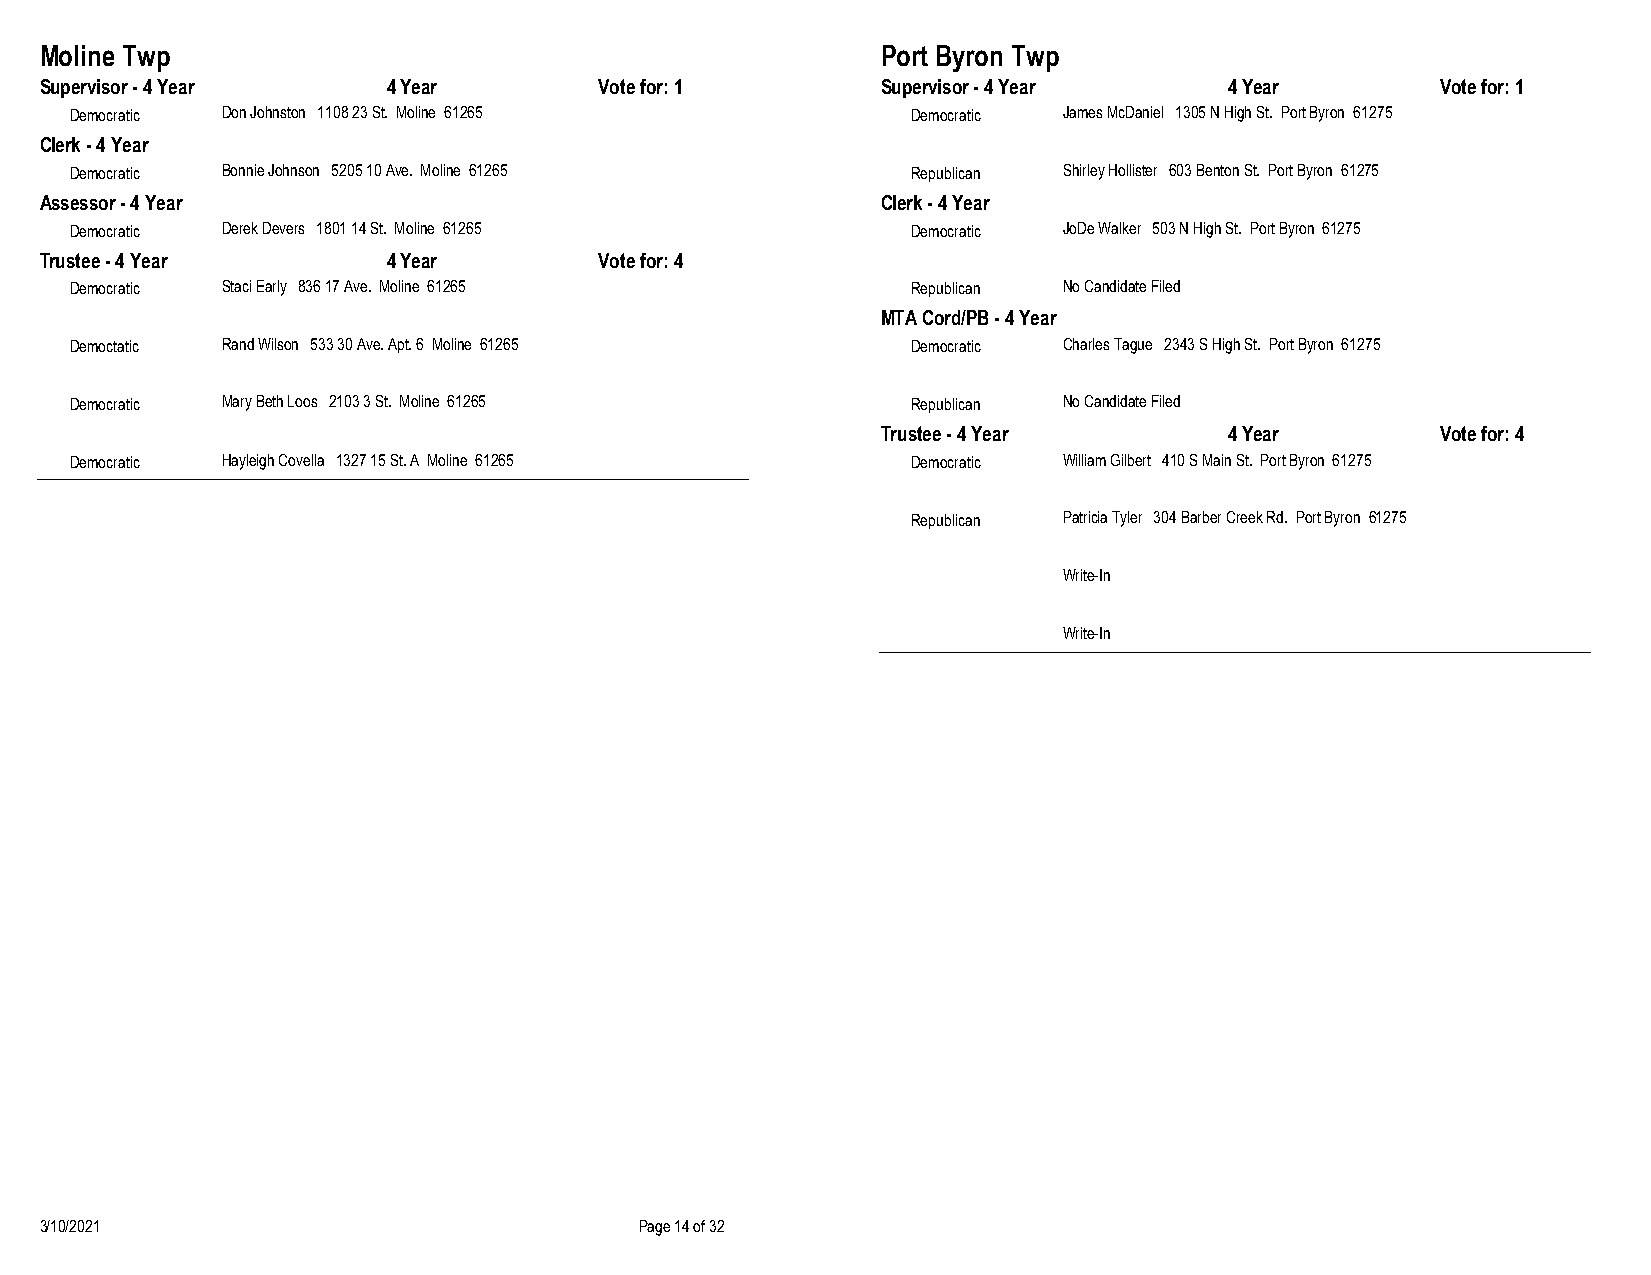
Moline Twp                                             Port Byron Twp
 Supervisor - 4 Year    4 Year        Vote for: 1       Supervisor - 4 Year    4 Year        Vote for: 1
 Democratic Don Johnston 1108 23 St. Moline 61265       Democratic James McDaniel 1305 N High St. Port Byron 61275
 Clerk - 4 Year
 Democratic Bonnie Johnson 5205 10 Ave. Moline 61265    Republican Shirley Hollister 603 Benton St. Port Byron 61275
 Assessor - 4 Year                                      Clerk - 4 Year
 Democratic Derek Devers 1801 14 St. Moline 61265       Democratic JoDe Walker 503 N High St. Port Byron 61275
 Trustee - 4 Year       4 Year        Vote for: 4
 Democratic Staci Early 836 17 Ave. Moline 61265        Republican No Candidate Filed
 MTA Cord/PB - 4 Year
 Democtatic Rand Wilson 533 30 Ave. Apt. 6 Moline 61265 Democratic Charles Tague 2343 S High St. Port Byron 61275
 Democratic Mary Beth Loos 2103 3 St. Moline 61265      Republican No Candidate Filed
 Trustee - 4 Year       4 Year        Vote for: 4
 Democratic Hayleigh Covella 1327 15 St. A Moline 61265 Democratic William Gilbert 410 S Main St. Port Byron 61275
 Republican Patricia Tyler 304 Barber Creek Rd. Port Byron 61275
 Write-In
 Write-In
 3/10/2021                              Page 14 of 32